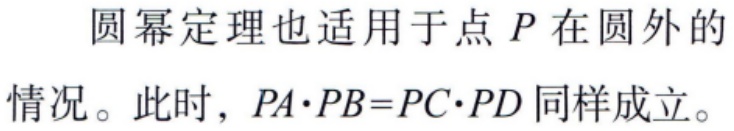
圆幂定理也适用于点 \(P\) 在圆外的情况。此时，\(PA\cdot PB = PC\cdot PD\) 同样成立。